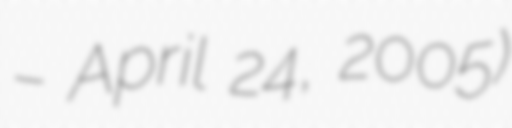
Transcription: – April 24, 2005)